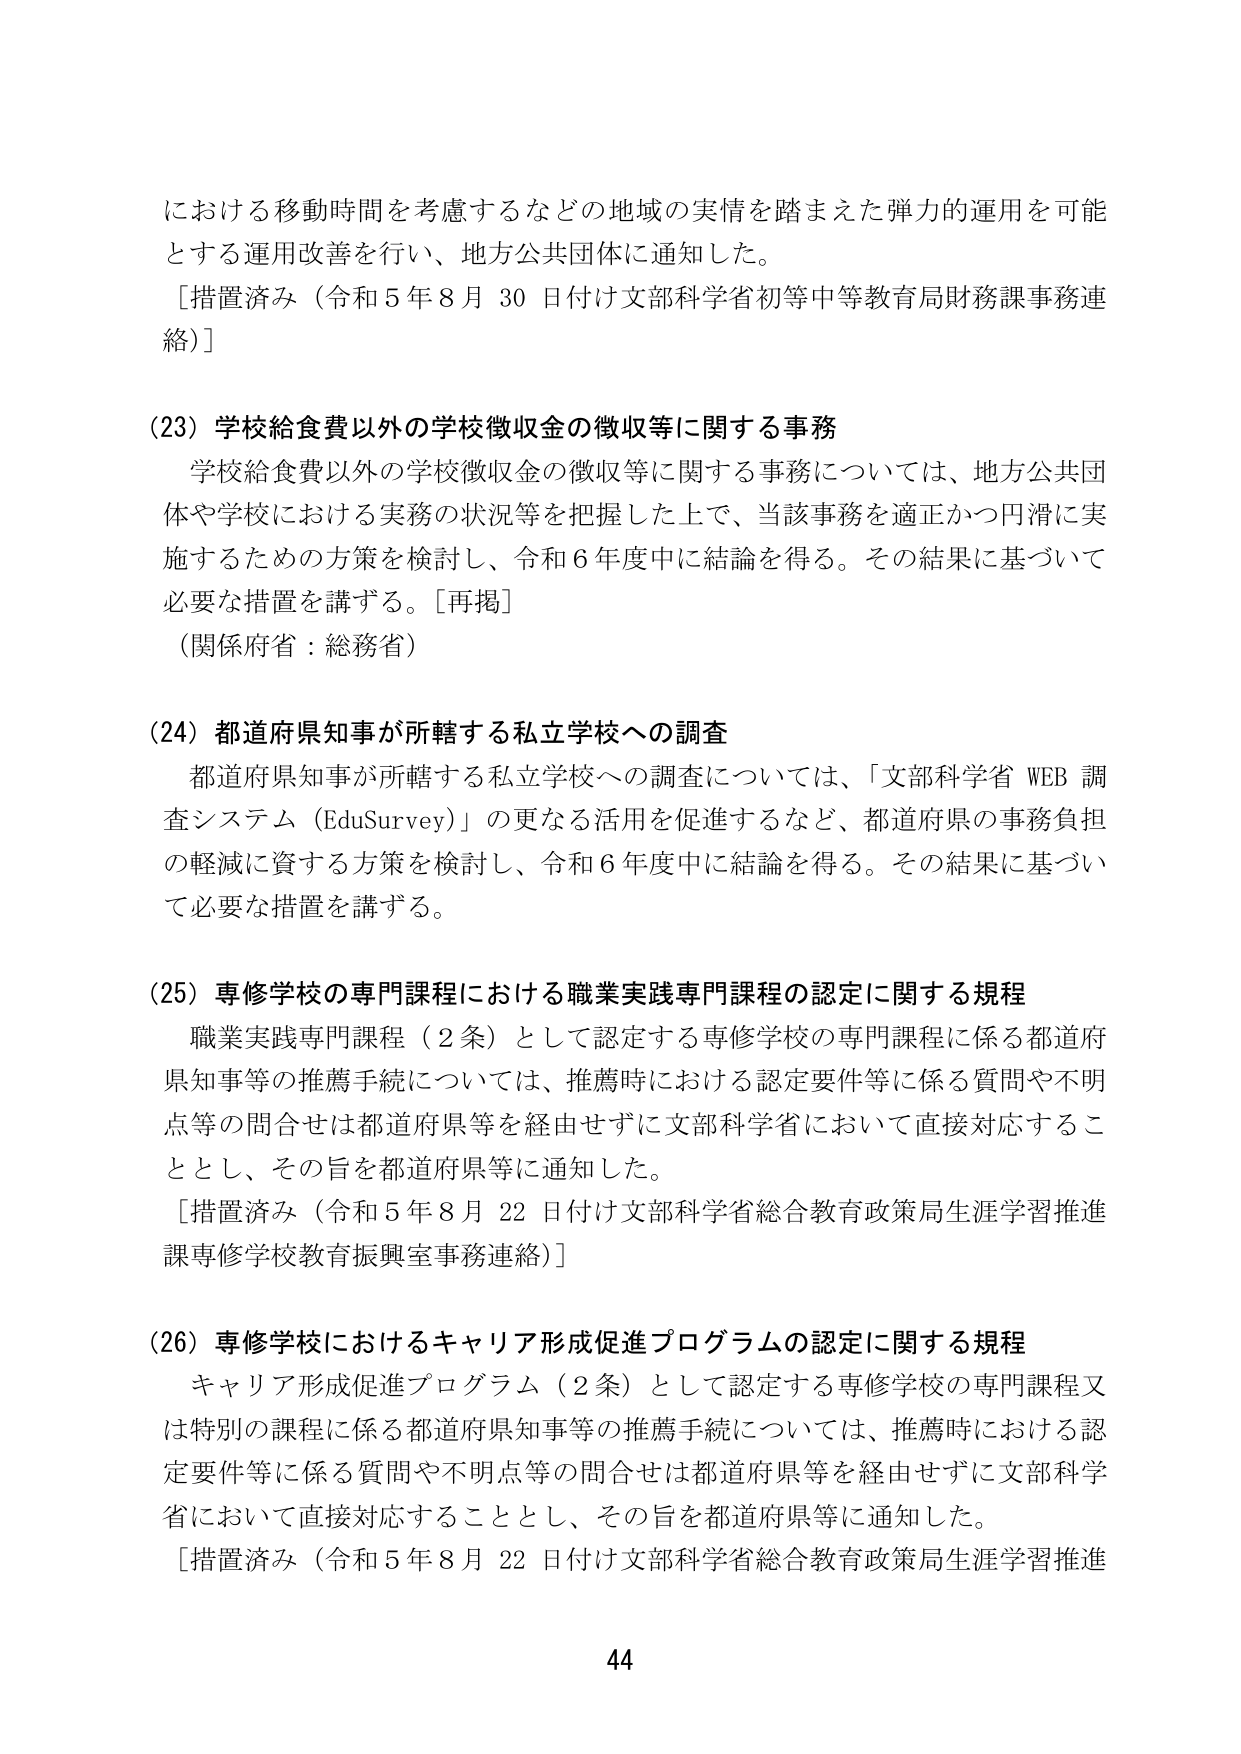
における移動時間を考慮するなどの地域の実情を踏まえた弾力的運用を可能とする運用改善を行い、地方公共団体に通知した。
［措置済み（令和５年８月30日付け文部科学省初等中等教育局財務課事務連絡）］

(23) 学校給食費以外の学校徴収金の徴収等に関する事務
学校給食費以外の学校徴収金の徴収等に関する事務については、地方公共団体や学校における実務の状況等を把握した上で、当該事務を適正かつ円滑に実施するための方策を検討し、令和６年度中に結論を得る。その結果に基づいて必要な措置を講ずる。［再掲］
（関係府省：総務省）

(24) 都道府県知事が所轄する私立学校への調査
都道府県知事が所轄する私立学校への調査については、「文部科学省 WEB 調査システム（EduSurvey）」の更なる活用を促進するなど、都道府県の事務負担の軽減に資する方策を検討し、令和６年度中に結論を得る。その結果に基づいて必要な措置を講ずる。

(25) 専修学校の専門課程における職業実践専門課程の認定に関する規程
職業実践専門課程（２条）として認定する専修学校の専門課程に係る都道府県知事等の推薦手続については、推薦時における認定要件等に係る質問や不明点等の問合せは都道府県等を経由せずに文部科学省において直接対応することとし、その旨を都道府県等に通知した。
［措置済み（令和５年８月22日付け文部科学省総合教育政策局生涯学習推進課専修学校教育振興室事務連絡）］

(26) 専修学校におけるキャリア形成促進プログラムの認定に関する規程
キャリア形成促進プログラム（２条）として認定する専修学校の専門課程又は特別の課程に係る都道府県知事等の推薦手続については、推薦時における認定要件等に係る質問や不明点等の問合せは都道府県等を経由せずに文部科学省において直接対応することとし、その旨を都道府県等に通知した。
［措置済み（令和５年８月22日付け文部科学省総合教育政策局生涯学習推進

44